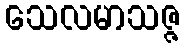
သေလမာသဇ္ဇ